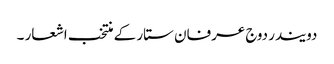
دویندر دوج عرفان ستار کے منتخب اشعار ۔